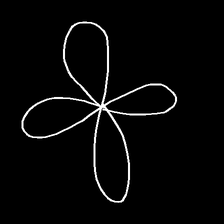
Glyph: billowing